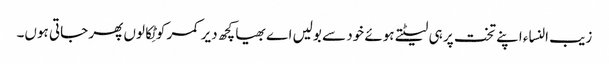
زیب النساء اپنے تخت پر ہی لیٹتے ہوئے خود سے بولیں اے بھیا کچھ دیر کمر کو ٹِکالوں پھر جاتی ہوں۔